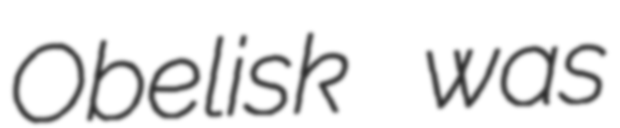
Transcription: Obelisk was